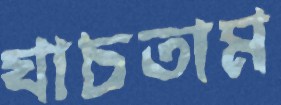
যাচতাম